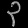
Digit: ၃